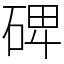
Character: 𥓓